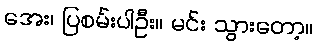
အေး၊ ပြစမ်းပါဦး။ မင်း သွားတော့။